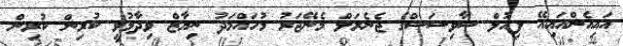
އައިއެންއައިއޭ ފިއުލް ސާވިސަސްގެ ޖެނެރަލް މެނޭޖަރު މުހައްމަދު ނިޔާޒް ވިދާޅުވީ ކުރިން ކުރިން